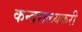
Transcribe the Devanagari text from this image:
कन्दरालयकरी